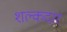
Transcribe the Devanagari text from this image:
शल्कदार